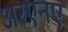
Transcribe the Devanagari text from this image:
अरएनए